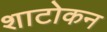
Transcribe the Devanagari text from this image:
शाटोकन